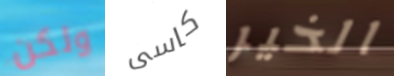
ولكن كاسى الخير